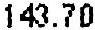
143.70